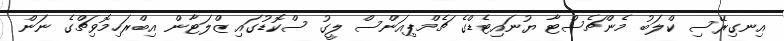
އިނގިރޭސި ކްލަބު މެންޗެސްޓާ ޔުނައިޓެޑްގެ ޗެމްޕިއަންސް ލީގު ސްކޮޑުގައި ޒްލަޓާން އިބްރަހިމޮވިޗްގެ ނަން